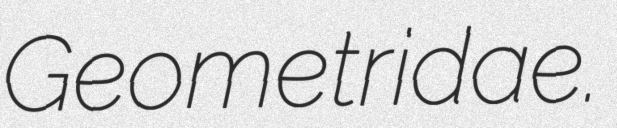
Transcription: Geometridae.